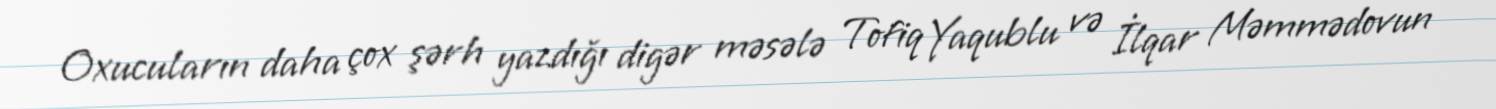
Oxucuların daha çox şərh yazdığı digər məsələ Tofiq Yaqublu və İlqar Məmmədovun